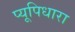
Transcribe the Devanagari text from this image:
प्यूपिधारा